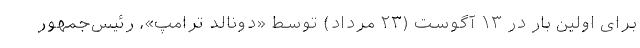
برای اولین بار در ۱۳ آگوست (۲۳ مرداد) توسط «دونالد ترامپ»، رئیس‌جمهور